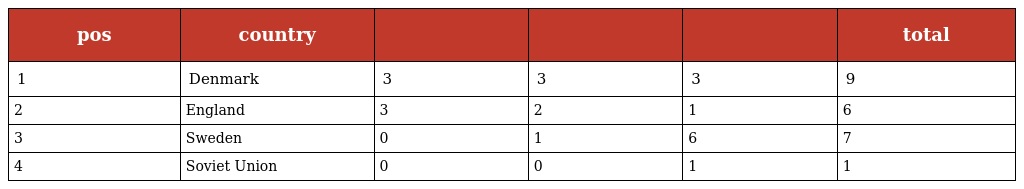
| pos | country |  |  |  | total |
 | --- | --- | --- | --- | --- | --- |
 | 1 | Denmark | 3 | 3 | 3 | 9 |
 | 2 | England | 3 | 2 | 1 | 6 |
 | 3 | Sweden | 0 | 1 | 6 | 7 |
 | 4 | Soviet Union | 0 | 0 | 1 | 1 |